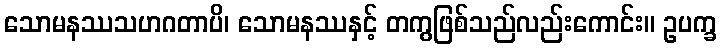
သောမနဿသဟဂတာပိ၊ သောမနဿနှင့် တကွဖြစ်သည်လည်းကောင်း။ ဥပက္ခ